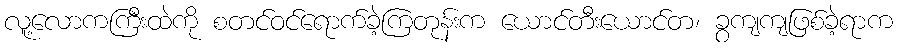
လူ့လောကကြီးထဲကို စတင်ဝင်ရောက်ခဲ့ကြတုန်းက ယောင်တီးယောင်တ၊ ခွကျကျဖြစ်ခဲ့ရာက